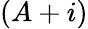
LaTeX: (A+i)